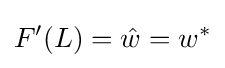
F'(L)={\hat {w}}=w^{*}